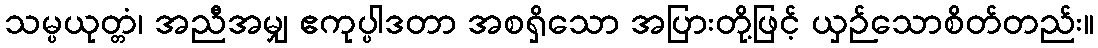
သမ္ပယုတ္တံ၊ အညီအမျှ ဧကုပ္ပါဒတာ အစရှိသော အပြားတို့ဖြင့် ယှဉ်သောစိတ်တည်း။